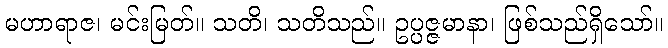
မဟာရာဇ၊ မင်းမြတ်။ သတိ၊ သတိသည်။ ဥပ္ပဇ္ဇမာနာ၊ ဖြစ်သည်ရှိသော်။